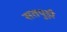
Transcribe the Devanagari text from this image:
सतपुड़ी